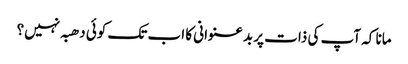
مانا کہ آپ کی ذات پر بدعنوانی کا اب تک کوئی دھبہ نہیں؟